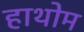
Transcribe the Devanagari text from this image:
हाथोम